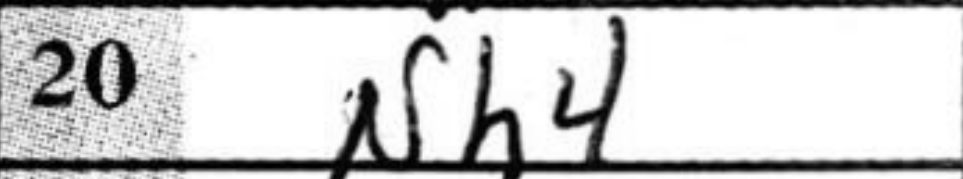
Transcription: Nh4